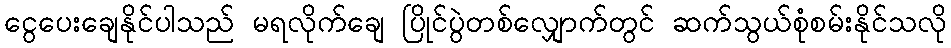
ငွေပေးချေနိုင်ပါသည် မရလိုက်ချေ ပြိုင်ပွဲတစ်လျှောက်တွင် ဆက်သွယ်စုံစမ်းနိုင်သလို